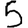
Digit: 5